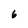
Character: 6